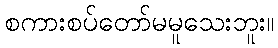
စကားစပ်တော်မမူသေးဘူး။